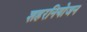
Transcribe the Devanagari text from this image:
शहरनियोजन